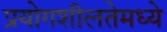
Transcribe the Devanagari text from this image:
प्रयोगशीलतेमध्ये